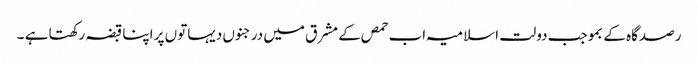
رصدگاہ کے بموجب دولت اسلامیہ اب حمص کے مشرق میں درجنوں دیہاتوں پر اپنا قبضہ رکھتا ہے ۔